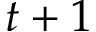
t + 1